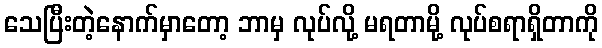
သေပြီးတဲ့နောက်မှာတော့ ဘာမှ လုပ်လို့ မရတာမို့ လုပ်စရာရှိတာကို